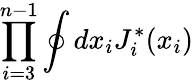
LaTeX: \prod_{i=3}^{n-1}\oint dx_{i}J_{i}^{*}(x_{i})